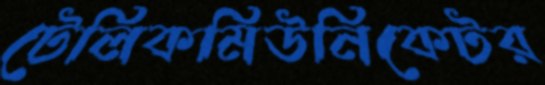
টেলিকমিউনিকেটর